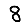
Digit: 8